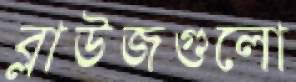
ব্লাউজগুলো